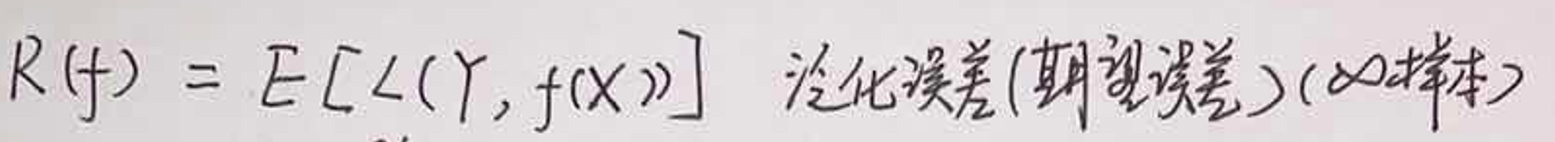
$ R(f) = E[L(Y, f(X))] \quad $泛化误差(期望误差$)(\infty$样本)